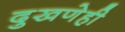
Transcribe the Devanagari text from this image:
दुखणेही